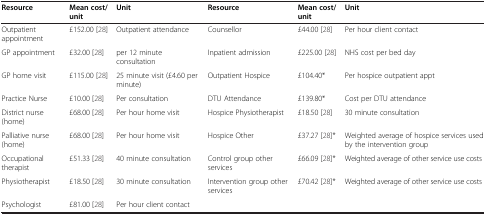
<table><thead><tr><td><b>Resource</b></td><td><b>Mean cost/unit</b></td><td><b>Unit</b></td><td><b>Resource</b></td><td><b>Mean cost/unit</b></td><td><b>Unit</b></td></tr></thead><tbody><tr><td>Outpatient appointment</td><td>£152.00 [28]</td><td>Outpatient attendance</td><td>Counsellor</td><td>£44.00 [28]</td><td>Per hour client contact</td></tr><tr><td>GP appointment</td><td>£32.00 [28]</td><td>per 12 minute consultation</td><td>Inpatient admission</td><td>£225.00 [28]</td><td>NHS cost per bed day</td></tr><tr><td>GP home visit</td><td>£115.00 [28]</td><td>25 minute visit (£4.60 per minute)</td><td>Outpatient Hospice</td><td>£104.40*</td><td>Per hospice outpatient appt</td></tr><tr><td>Practice Nurse</td><td>£10.00 [28]</td><td>Per consultation</td><td>DTU Attendance</td><td>£139.80*</td><td>Cost per DTU attendance</td></tr><tr><td>District nurse (home)</td><td>£68.00 [28]</td><td>Per hour home visit</td><td>Hospice Physiotherapist</td><td>£18.50 [28]</td><td>30 minute consultation</td></tr><tr><td>Palliative nurse (home)</td><td>£68.00 [28]</td><td>Per hour home visit</td><td>Hospice Other</td><td>£37.27 [28]*</td><td>Weighted average of hospice services used by the intervention group</td></tr><tr><td>Occupational therapist</td><td>£51.33 [28]</td><td>40 minute consultation</td><td>Control group other services</td><td>£66.09 [28]*</td><td>Weighted average of other service use costs</td></tr><tr><td>Physiotherapist</td><td>£18.50 [28]</td><td>30 minute consultation</td><td>Intervention group other services</td><td>£70.42 [28]*</td><td>Weighted average of other service use costs</td></tr><tr><td>Psychologist</td><td>£81.00 [28]</td><td>Per hour client contact</td><td></td><td></td><td></td></tr></tbody></table>